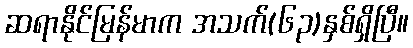
ဆရာနိုင်မြန်မာက အသက်(၆၃)နှစ်ရှိပြီ။